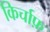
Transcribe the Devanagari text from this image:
किर्चाफ़